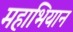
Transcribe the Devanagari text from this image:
महाभियान